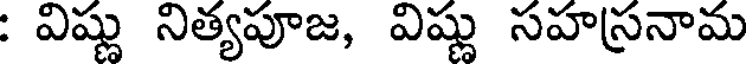
: విష్ణు నిత్యపూజ, విష్ణు సహస్రనామ